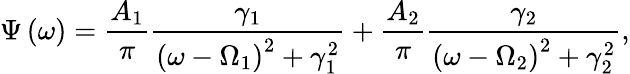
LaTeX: \Psi\left(\omega\right)=\frac{A_{1}}{\pi}\frac{\gamma_{1}}{\left(\omega-\Omega_{1}\right)^{2}+\gamma_{1}^{2}}+\frac{A_{2}}{\pi}\frac{\gamma_{2}}{\left(\omega-\Omega_{2}\right)^{2}+\gamma_{2}^{2}},